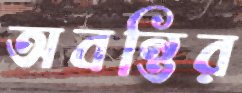
অবন্তির